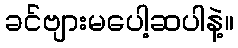
ခင်ဗျားမပေါ့ဆပါနဲ့။